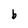
Character: b